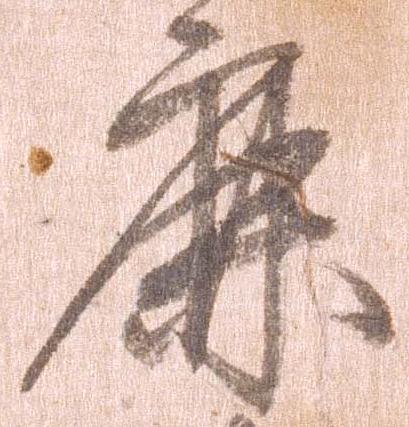
鹿